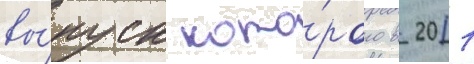
вы́пуск кото́рого в 2011